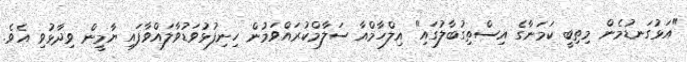
"އަޅުގަނޑުމެން މިތިބީ ކަމަނާގެ އިސްތިގުބާލުގައި" އިލްހާމްއާ ސަލާމްކުރައްވަމުން ހިނިފުޅުވަޑުވާލައްވާފައި ޔާމީން ވިދާޅުވި އެވެ.